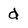
Character: d